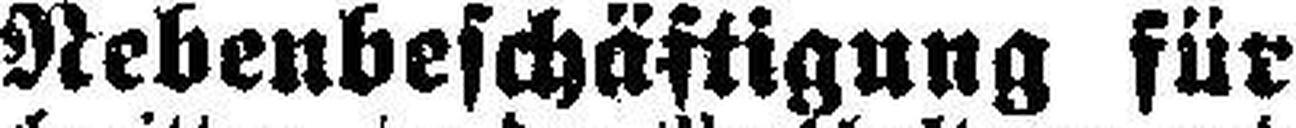
Nebenbeschäftigung für